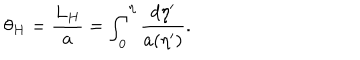
LaTeX: \theta _ { H } = { \frac { L _ { H } } { a } } = \int _ { 0 } ^ { \eta } { \frac { d \eta ^ { \prime } } { a ( \eta ^ { \prime } ) } } .